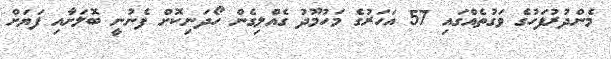
މެންދުރުފަހުގެ ވަގުތެއްގައި 57 އަހަރުގެ މަހުމޫދު ގެއްލިގެން ހޯދަނިކޮށް ފެނުނީ ބޮލަށާއި ފަޔަށް